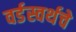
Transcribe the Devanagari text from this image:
वर्डस्वर्थचे